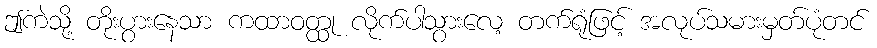
ဤကဲသို့ တိုးပွားနေသာ ကထာဝတ္ထု လိုက်ပါသွားလေ့ တက်ရုံဖြင့် အလုပ်သမားမှတ်ပုံတင်